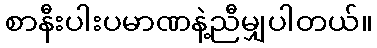
စာနီးပါးပမာဏနဲ့ညီမျှပါတယ်။